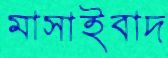
মাসাইবাদ